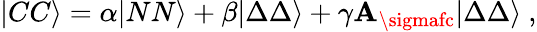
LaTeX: |CC\rangle=\alpha|NN\rangle+\beta|\Delta\Delta\rangle+\gamma{\cal\mathbf{A}}_{\sigmafc}|\Delta\Delta\rangle\ ,